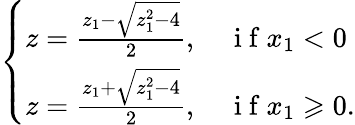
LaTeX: \left\{ \begin{array}{l}{z=\frac{z_{1}-\sqrt{z_{1}^{2}-4}}{2},\quad{\mathrm{~i~f~}}x_{1}<0}\\ {z=\frac{z_{1}+\sqrt{z_{1}^{2}-4}}{2},\quad{\mathrm{~i~f~}}x_{1}\geqslant 0.}\end{array}\right.